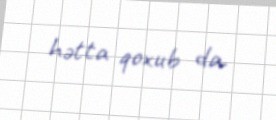
hətta qoxub da.